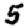
Digit: 5